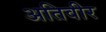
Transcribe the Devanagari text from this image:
अतिवीर